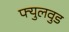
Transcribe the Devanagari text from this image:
फ्युलवुड